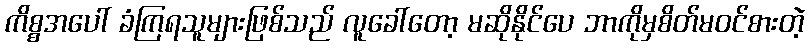
ကိစ္စအပေါ် ခံကြရသူများဖြစ်သည် လူခေါ်တော့ မဆိုနိုင်ပေ ဘာကိုမှစိတ်မဝင်စားတဲ့